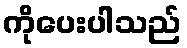
ကိုပေးပါသည်